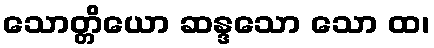
သောတ္တိယော ဆန္ဒသော သော ထ၊